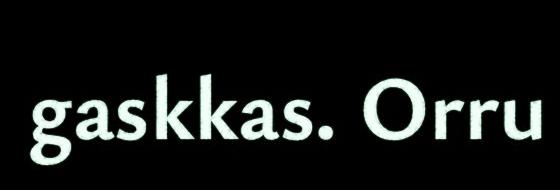
gaskkas. Orru